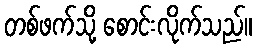
တစ်ဖက်သို့ စောင်းလိုက်သည်။